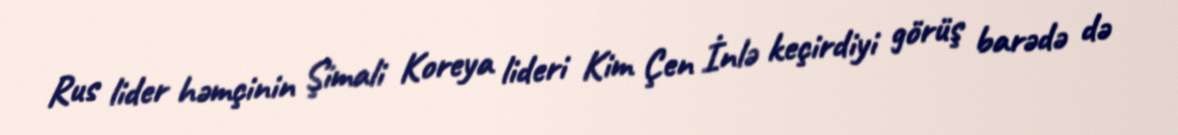
Rus lider həmçinin Şimali Koreya lideri Kim Çen İnlə keçirdiyi görüş barədə də